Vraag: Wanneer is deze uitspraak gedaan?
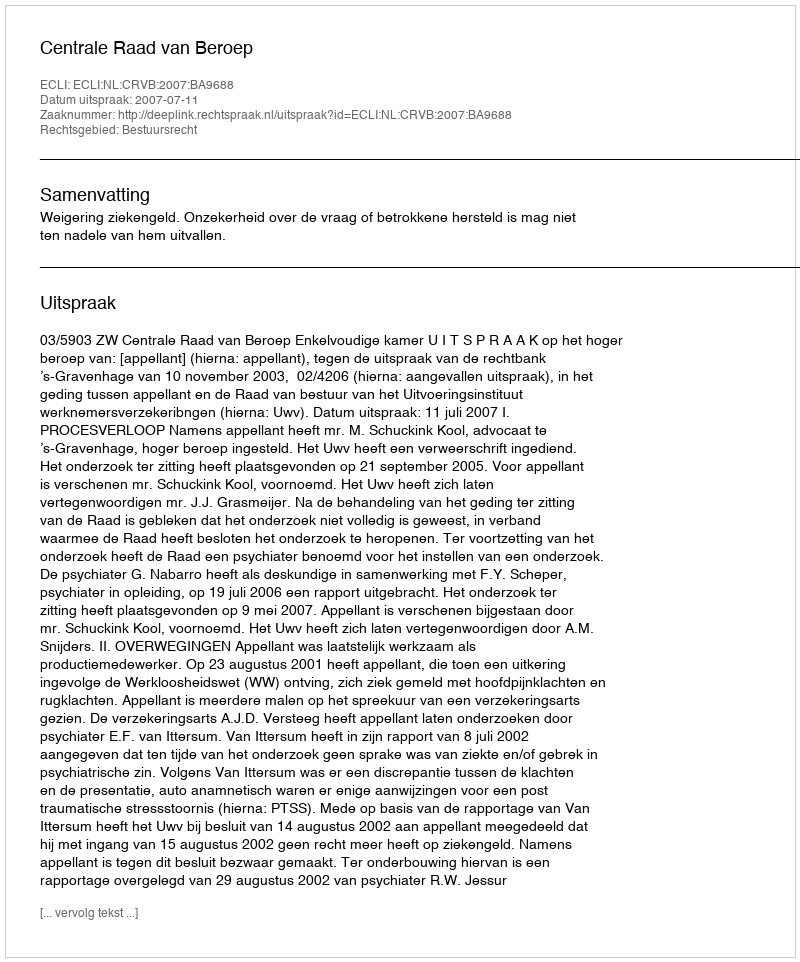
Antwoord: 2007-07-11